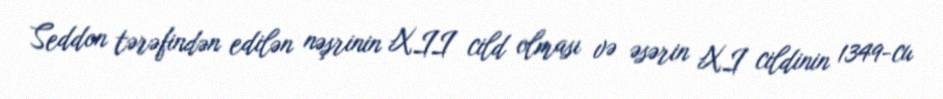
Seddon tərəfindən edilən nəşrinin XII cild olması və əsərin XI cildinin 1349-cu